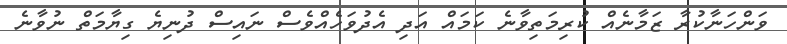
ވަންހަނާކުރާ ޒަމާނެއް ކުރިމަތިވާނެ ކަމައް އަދި އެދުވަހެއްވެސް ނައިސް ދުނިޔެ ގިޔާމަތް ނުވާނެ